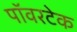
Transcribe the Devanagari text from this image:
पॉवरटेक